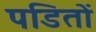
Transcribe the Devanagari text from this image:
पडितों